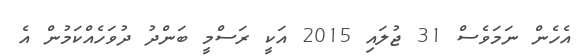
އެހެން ނަމަވެސް 31 ޖުލައި 2015 އަކީ ރަސްމީ ބަންދު ދުވަހެއްކަމުން އެ